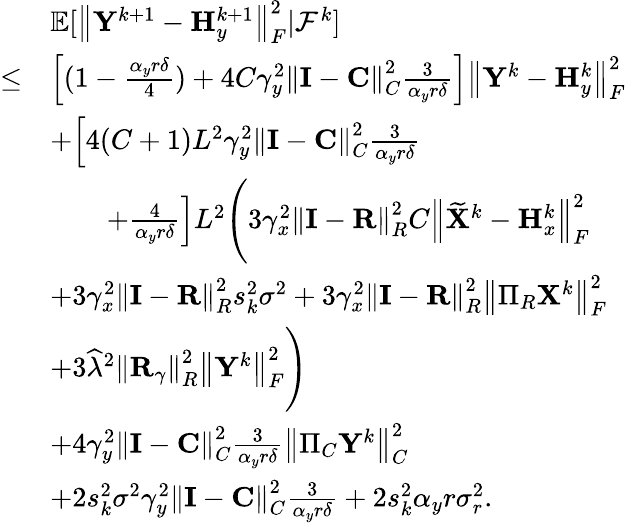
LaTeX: \begin{array}{rl}&{{\mathbb{E}}[\left\| {\mathbf{Y}}^{k+1}-{\mathbf{H}}_{y}^{k+1}\right\| _{F}^{2}\vert{\mathcal{F}}^{k}]}\\ {\leq}&{\left[(1-\frac{\alpha_{y}r\delta}{4})+4C\gamma_{y}^{2}\left\| {\mathbf{I}}-{\mathbf{C}}\right\| _{C}^{2}\frac{3}{\alpha_{y}r\delta}\right]\left\| {\mathbf{Y}}^{k}-{\mathbf{H}}_{y}^{k}\right\| _{F}^{2}}\\ &{+\Big[4(C+1)L^{2}\gamma_{y}^{2}\left\| {\mathbf{I}}-{\mathbf{C}}\right\| _{C}^{2}\frac{3}{\alpha_{y}r\delta}}\\ &{\qquad+\frac{4}{\alpha_{y}r\delta}\Big]L^{2}\Bigg(3\gamma_{x}^{2}\left\| {\mathbf{I}}-{\mathbf{R}}\right\| _{R}^{2}C\left\| \widetilde{{\mathbf{X}}}^{k}-{\mathbf{H}}_{x}^{k}\right\| _{F}^{2}}\\ &{+3\gamma_{x}^{2}\left\| {\mathbf{I}}-{\mathbf{R}}\right\| _{R}^{2}s_{k}^{2}\sigma^{2}+3\gamma_{x}^{2}\left\| {\mathbf{I}}-{\mathbf{R}}\right\| _{R}^{2}\left\| \Pi_{R}{\mathbf{X}}^{k}\right\| _{F}^{2}}\\ &{+3\widehat{\lambda}^{2}\left\| {\mathbf{R}}_{\gamma}\right\| _{R}^{2}\left\| {\mathbf{Y}}^{k}\right\| _{F}^{2}\Bigg)}\\ &{+4\gamma_{y}^{2}\left\| {\mathbf{I}}-{\mathbf{C}}\right\| _{C}^{2}\frac{3}{\alpha_{y}r\delta}\left\| \Pi_{C}{\mathbf{Y}}^{k}\right\| _{C}^{2}}\\ &{+2s_{k}^{2}\sigma^{2}\gamma_{y}^{2}\left\| {\mathbf{I}}-{\mathbf{C}}\right\| _{C}^{2}\frac{3}{\alpha_{y}r\delta}+2s_{k}^{2}\alpha_{y}r\sigma_{r}^{2}.}\end{array}